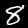
Label: 8